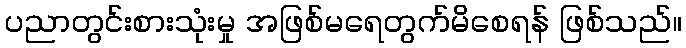
ပညာတွင်းစားသုံးမှု အဖြစ်မရေတွက်မိစေရန် ဖြစ်သည်။